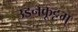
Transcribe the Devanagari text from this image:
उडनकूट्टम्